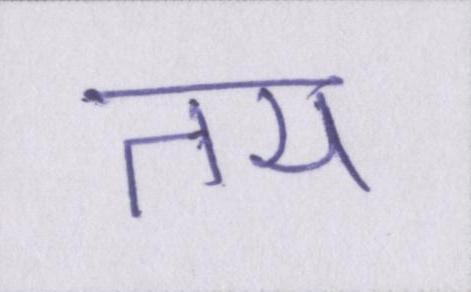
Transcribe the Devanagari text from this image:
तय